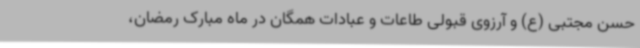
حسن مجتبی (ع) و آرزوی قبولی طاعات و عبادات همگان در ماه مبارک رمضان،